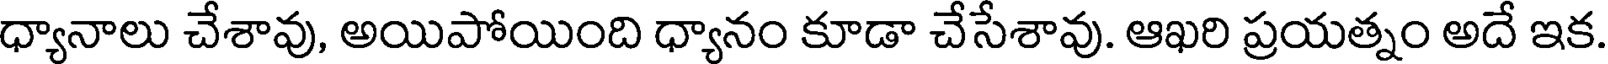
ధ్యానాలు చేశావు, అయిపోయింది ధ్యానం కూడా చేసేశావు. ఆఖరి ప్రయత్నం అదే ఇక